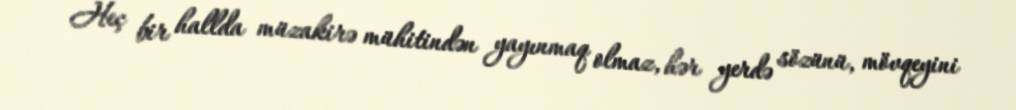
Heç bir hallda müzakirə mühitindən yayınmaq olmaz, hər yerdə sözünü, mövqeyini